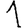
Digit: 1